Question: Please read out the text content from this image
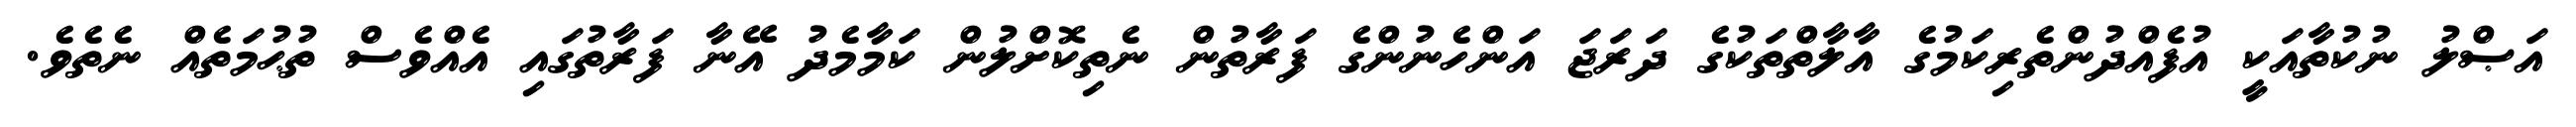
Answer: އަޞްލު ނުކުތާއަކީ އުފެއްދުންތެރިކަމުގެ އާލާތްތަކުގެ ދަރަޖަ އަންހެނުންގެ ފަރާތުން ނެތިކޮށްލުން ކަމާމެދު އޭނާ ފަރާތުގައި އެއްވެސް ތުޙުމަތެއް ނެތެވެ.